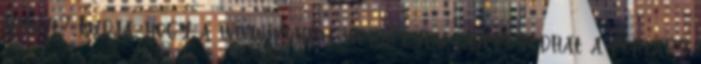
nyújt? Tudja, hogy a www.ikon.hu webhelyen tájékozódhat a kortárs